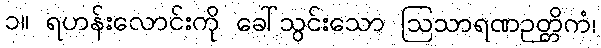
၁။ ရဟန်းလောင်းကို ခေါ်သွင်းသော ဩသာရဏဉတ္တိကံ၊